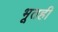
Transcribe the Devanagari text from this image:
भूतही